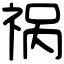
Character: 祸